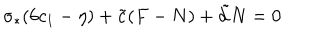
\sigma _ { * } ( 6 c _ { 1 } - \eta ) + \tilde { c } ( F - N ) + \tilde { d } N = 0